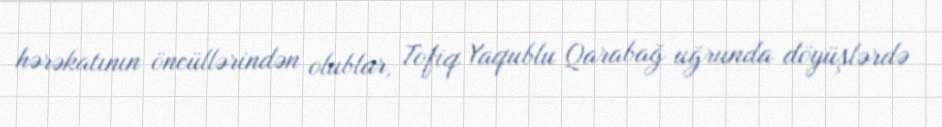
hərəkatının öncüllərindən olublar, Tofiq Yaqublu Qarabağ uğrunda döyüşlərdə